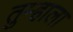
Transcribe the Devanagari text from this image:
तुम्‍हाला